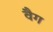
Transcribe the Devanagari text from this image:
वैग